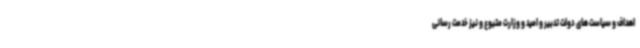
اهداف و سیاست های دولت تدبیر و امید و وزارت متبوع و نیز خدمت رسانی